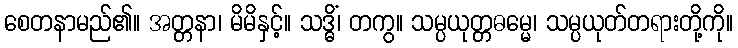
စေတနာမည်၏။ အတ္တနာ၊ မိမိနှင့်။ သဒ္ဓိံ၊ တကွ။ သမ္ပယုတ္တဓမ္မေ၊ သမ္ပယုတ်တရားတို့ကို။